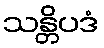
သန္တိပဒံ